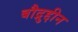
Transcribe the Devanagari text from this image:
बौद्रुद्दीन